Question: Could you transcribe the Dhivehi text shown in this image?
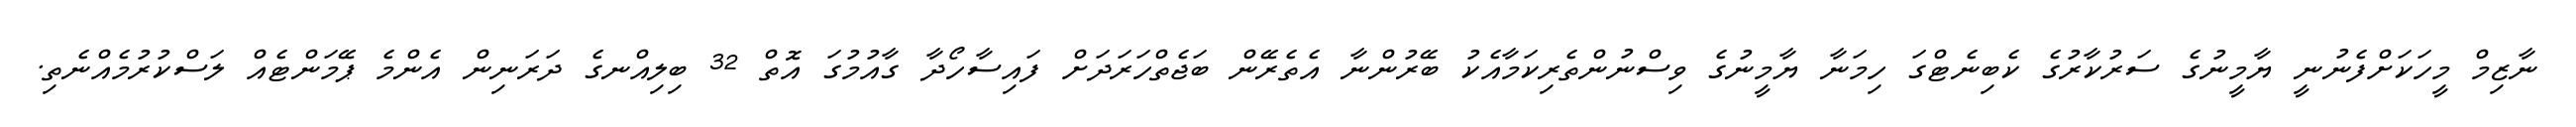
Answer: ނާޒިމް މީހަކަށްފެނުނީ ޔާމީނުގެ ސަރުކާރުގެ ކެބިނެޓްގަ ހިމަނާ ޔާމީނުގެ ވިސްނުންތެރިކަމާއެކު ބޭރުންނާ އެތެރޭން ބަޖެތްހަރަދަށް ފައިސާހޯދާ ގާއުމުގަ އޮތް 32 ބިލިއްނގެ ދަރަނިން އެންމެ ޕޭމަންޓެއް ލަސްކުރުމެއްނެތި.